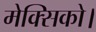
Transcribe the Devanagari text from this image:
मेक्सिको।